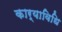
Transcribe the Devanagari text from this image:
कार्याविधि